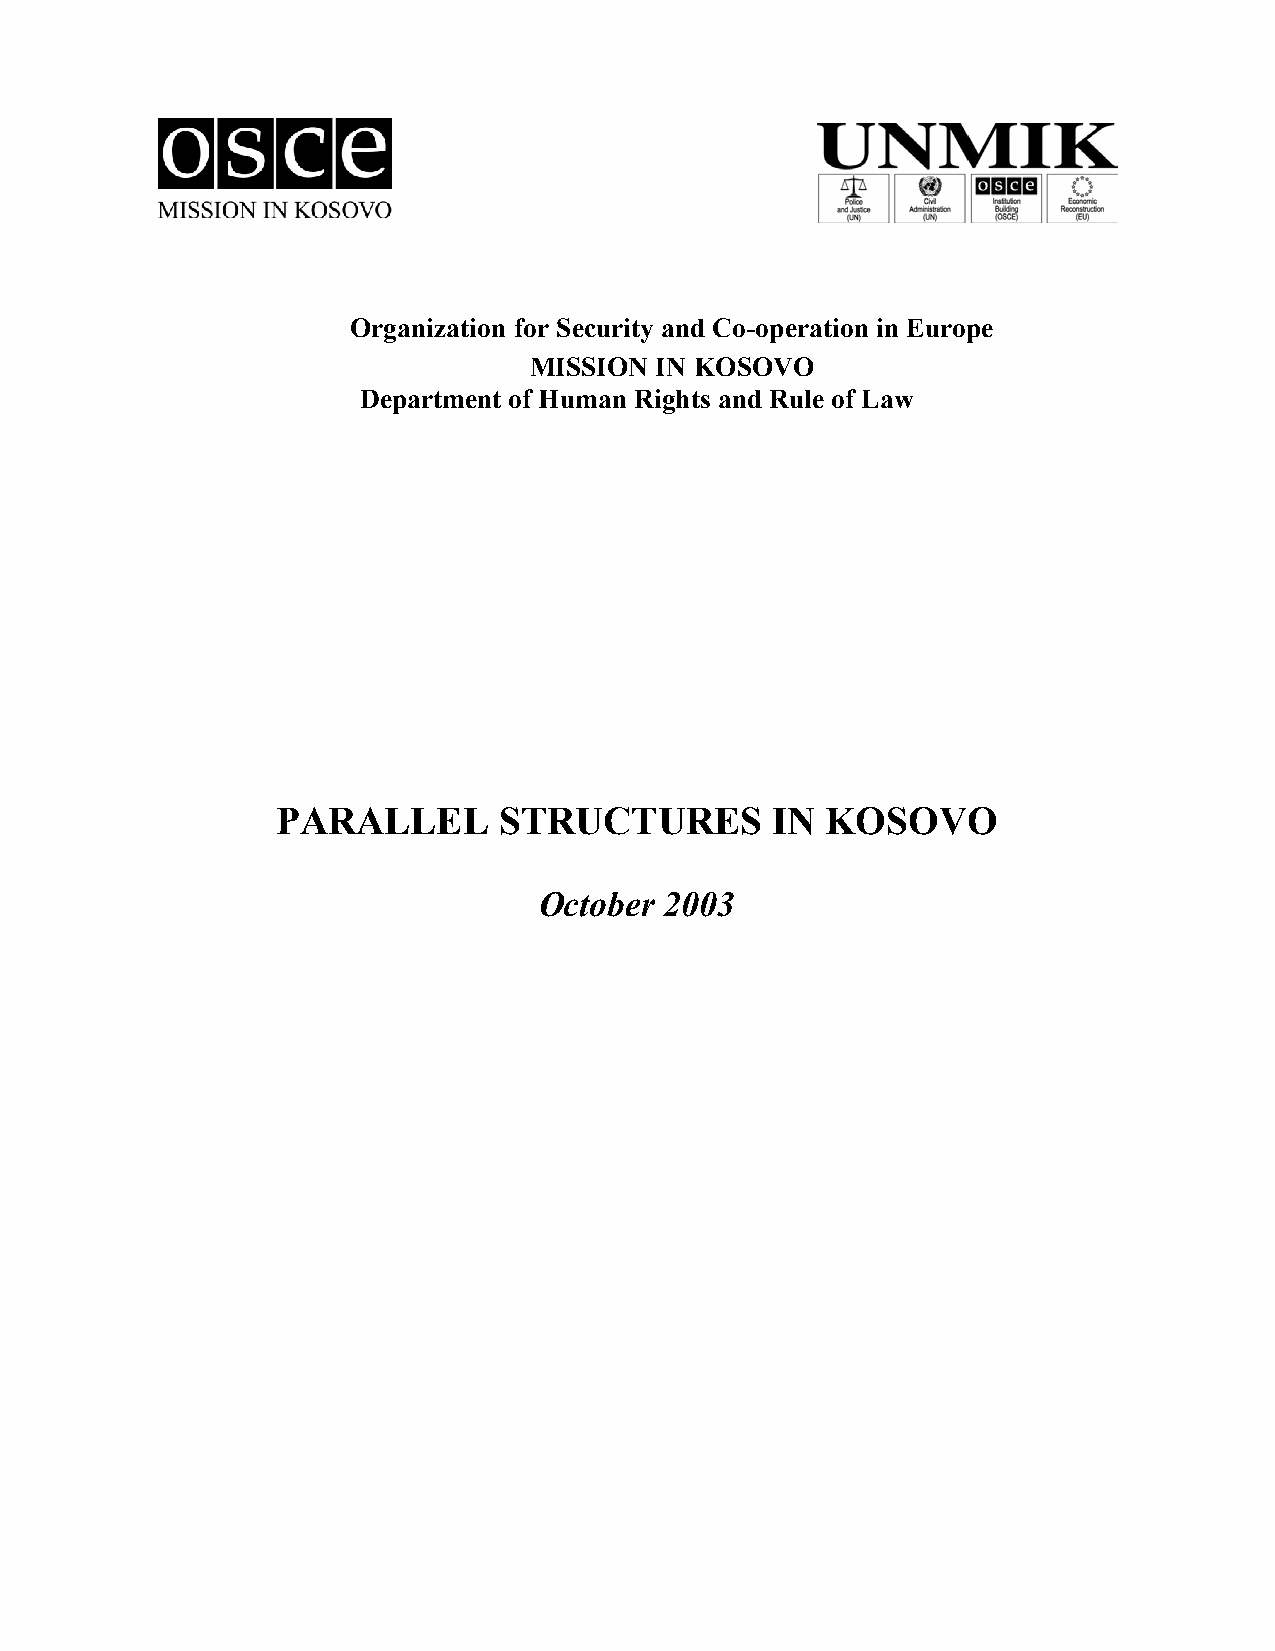
Organization for Security and Co-operation in Europe
 MISSION IN KOSOVO
 Department of Human Rights and Rule of Law
 PARALLEL       STRUCTURES        IN  KOSOVO
 October 2003